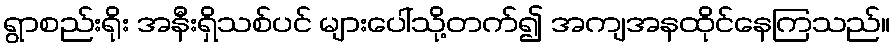
ရွာစည်းရိုး အနီးရှိသစ်ပင် များပေါ်သို့တက်၍ အကျအနထိုင်နေကြသည်။